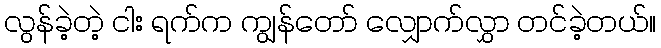
လွန်ခဲ့တဲ့ ငါး ရက်က ကျွန်တော် လျှောက်လွှာ တင်ခဲ့တယ်။